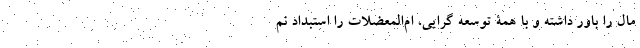
مال را باور داشته و با همۀ توسعه گرایی، ام‌المعضلات را استبداد نم